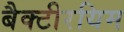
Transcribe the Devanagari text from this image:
बैक्टीरयिम